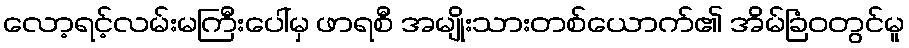
လော့ရင့်လမ်းမကြီးပေါ်မှ ဖာရစီ အမျိုးသားတစ်ယောက်၏ အိမ်ခြံဝတွင်မူ